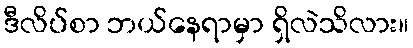
ဒီလိပ်စာ ဘယ်နေရာမှာ ရှိလဲသိလား။